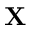
{ \bf X }